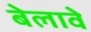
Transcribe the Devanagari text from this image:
बेलावे